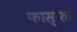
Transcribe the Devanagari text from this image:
फास्‍फो